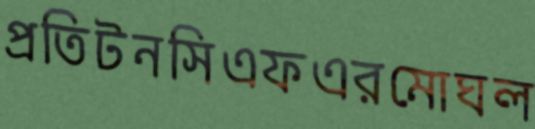
প্রতিটনসিএফএরমোঘল